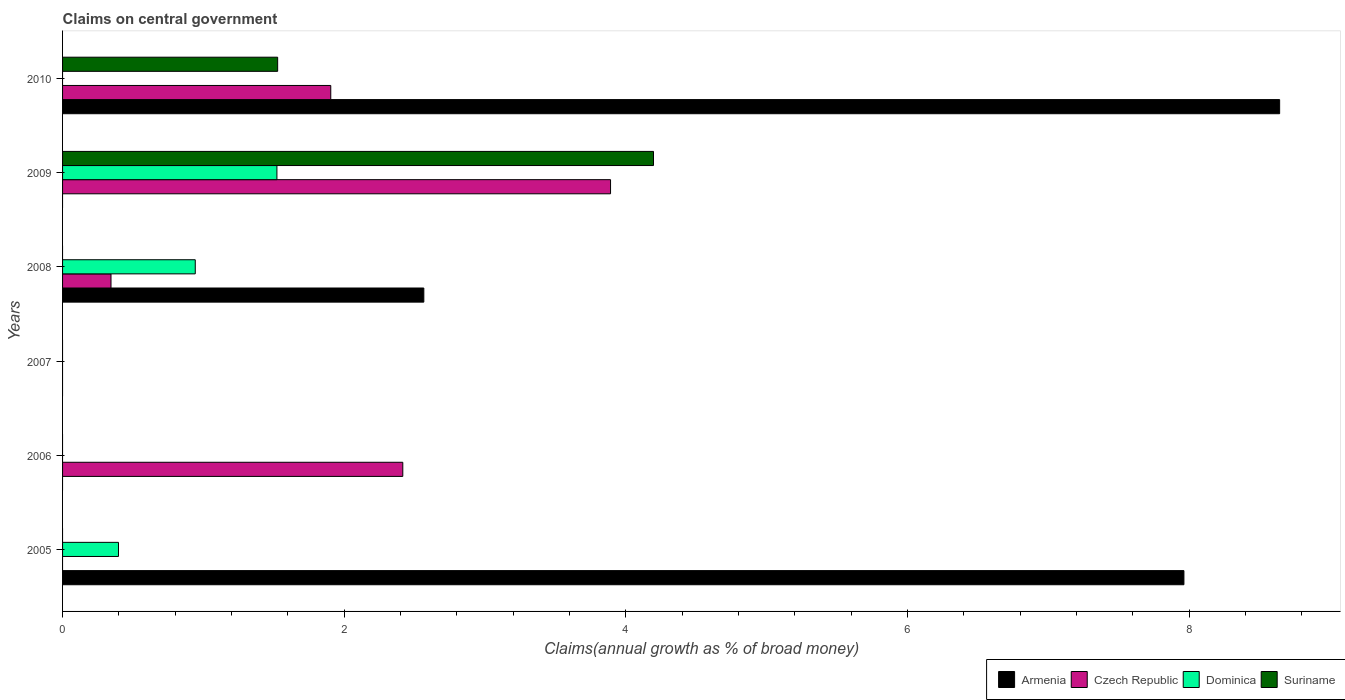
| Years | Armenia | Czech Republic | Dominica | Suriname |
 | --- | --- | --- | --- | --- |
 | 2005 | 7.96 | -9.14 | 0.397 | -0.0457 |
 | 2006 | -10.1 | 2.42 | -8.46 | -1.92 |
 | 2007 | -4.71 | -2.96 | -0.772 | -6.9 |
 | 2008 | 2.57 | 0.344 | 0.942 | -5.75 |
 | 2009 | -12.4 | 3.89 | 1.52 | 4.2 |
 | 2010 | 8.64 | 1.9 | -1.02 | 1.53 |